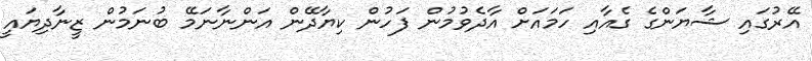
އޭރުގައި ޝާޔަންގެ ގެއާއި ހަމައަށް އާދެވުމުން ފަހުން ކިޔާދޭން އަންނާނަމޭ ބުނަމުން ޒީނާދިޔައީ